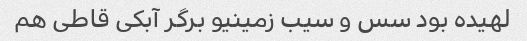
لهیده بود سس و سیب زمینیو برگر آبکی قاطی هم